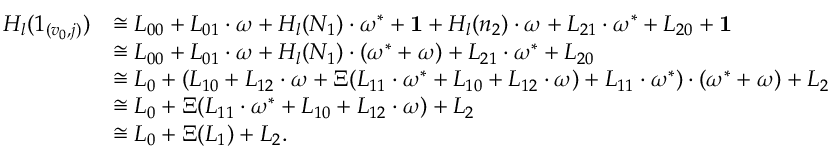
\begin{array} { r l } { H _ { l } ( 1 _ { ( v _ { 0 } , j ) } ) } & { \cong L _ { 0 0 } + L _ { 0 1 } \cdot \omega + H _ { l } ( N _ { 1 } ) \cdot \omega ^ { * } + \mathbf 1 + H _ { l } ( n _ { 2 } ) \cdot \omega + L _ { 2 1 } \cdot \omega ^ { * } + L _ { 2 0 } + \mathbf 1 } \\ & { \cong L _ { 0 0 } + L _ { 0 1 } \cdot \omega + H _ { l } ( N _ { 1 } ) \cdot ( \omega ^ { * } + \omega ) + L _ { 2 1 } \cdot \omega ^ { * } + L _ { 2 0 } } \\ & { \cong L _ { 0 } + ( L _ { 1 0 } + L _ { 1 2 } \cdot \omega + \Xi ( L _ { 1 1 } \cdot \omega ^ { * } + L _ { 1 0 } + L _ { 1 2 } \cdot \omega ) + L _ { 1 1 } \cdot \omega ^ { * } ) \cdot ( \omega ^ { * } + \omega ) + L _ { 2 } } \\ & { \cong L _ { 0 } + \Xi ( L _ { 1 1 } \cdot \omega ^ { * } + L _ { 1 0 } + L _ { 1 2 } \cdot \omega ) + L _ { 2 } } \\ & { \cong L _ { 0 } + \Xi ( L _ { 1 } ) + L _ { 2 } . } \end{array}